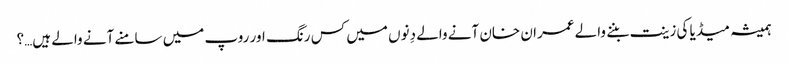
ہمیشہ میڈیا کی زینت بننے والے عمران خان آنے والے دِنوں میں کس رنگ اور روپ میں سامنے آنے والے ہیں…؟